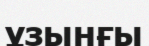
ұзынғы